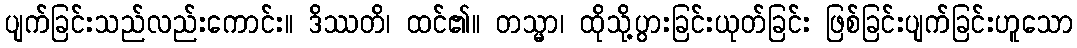
ပျက်ခြင်းသည်လည်းကောင်း။ ဒိဿတိ၊ ထင်၏။ တသ္မာ၊ ထိုသို့ပွားခြင်းယုတ်ခြင်း ဖြစ်ခြင်းပျက်ခြင်းဟူသော